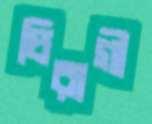
চিরাগী